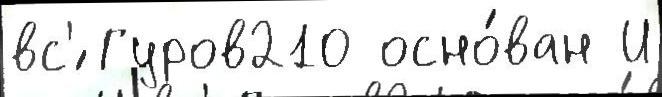
вс'́ Гуров210 осно́ван И